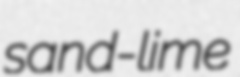
sand-lime